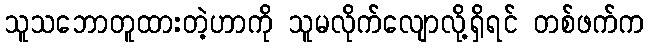
သူသဘောတူထားတဲ့ဟာကို သူမလိုက်လျောလို့ရှိရင် တစ်ဖက်က